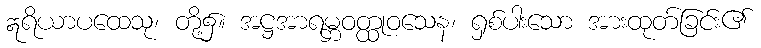
ဣရိယာပထေသု၊ တို့၌။ အဋ္ဌအာရမ္ဘဝတ္ထုဝသေန၊ ရှစ်ပါးသော အားထုတ်ခြင်း၏